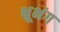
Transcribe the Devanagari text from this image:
भ्रूभंग